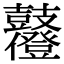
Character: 𪔶